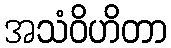
အသံဝိဟိတာ